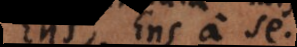
Ens, Ens a se.